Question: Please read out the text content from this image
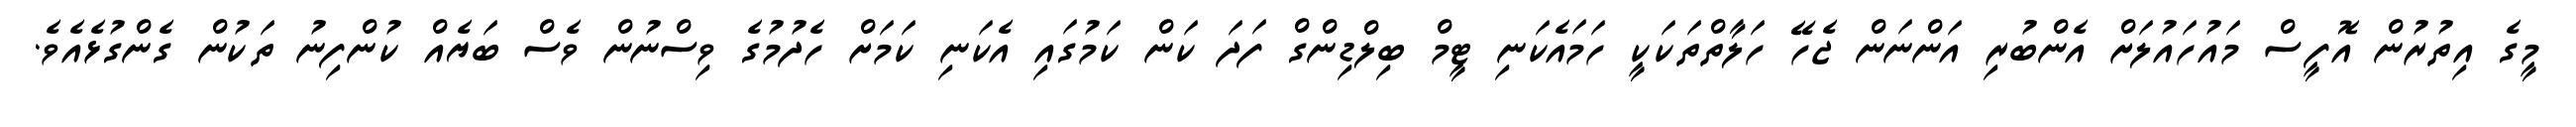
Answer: މީގެ އިތުރުން އޮފީސް މައުހައުލަށް އެންބުރި އަންނަން ޖެހޭ ހަލާތްތަކަކީ ހަމައެކަނި ޓީމް ބިލްޑިންގް ފަދަ ކަން ކަމުގައި އެކަނި ކަމަށް ހެދުމުގެ ވިސްނުން ވެސް ބަޔެއް ކުންފިނު ތަކުން ގެންގުޅެއެވެ.